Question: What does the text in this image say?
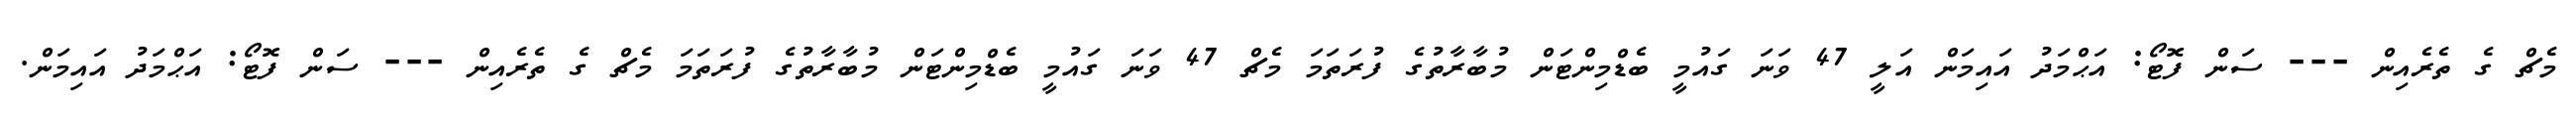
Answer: މެޗް ގެ ތެރެއިން --- ސަން ފޮޓޯ: އަޙްމަދު އައިމަން އަލީ 47 ވަނަ ގައުމީ ބެޑްމިންޓަން މުބާރާތުގެ ފުރަތަމަ މެޗް 47 ވަނަ ގައުމީ ބެޑްމިންޓަން މުބާރާތުގެ ފުރަތަމަ މެޗް ގެ ތެރެއިން --- ސަން ފޮޓޯ: އަޙްމަދު އައިމަން.